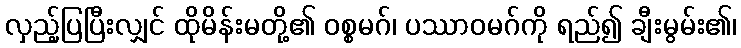
လှည့်ပြပြီးလျှင် ထိုမိန်းမတို့၏ ဝစ္စမဂ်၊ ပဿာဝမဂ်ကို ရည်၍ ချီးမွမ်း၏၊